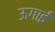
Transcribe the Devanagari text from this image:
ऊगाई